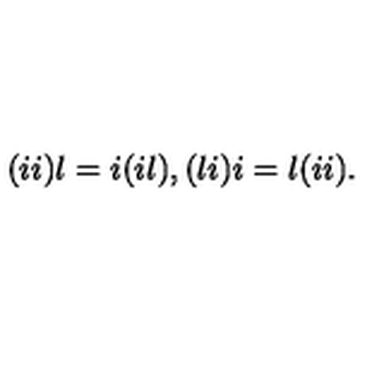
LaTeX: ( i i ) l = i ( i l ) , ( l i ) i = l ( i i ) .